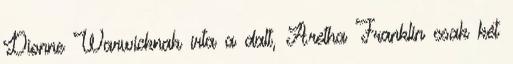
Dionne Warwicknak írta a dalt, Aretha Franklin csak két